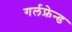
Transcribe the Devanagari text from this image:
गर्लफ्रेन्ड